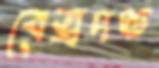
বেত্রদণ্ড